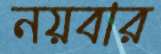
নয়বার